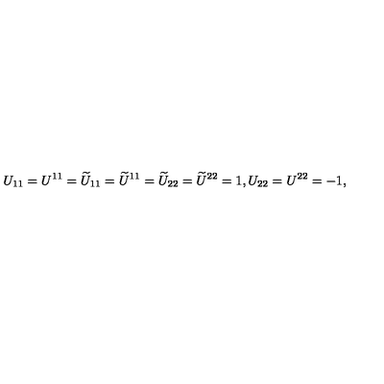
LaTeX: U _ { 1 1 } = U ^ { 1 1 } = \widetilde { U } _ { 1 1 } = \widetilde { U } ^ { 1 1 } = \widetilde { U } _ { 2 2 } = \widetilde { U } ^ { 2 2 } = 1 , U _ { 2 2 } = U ^ { 2 2 } = - 1 ,